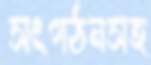
সংগঠনসহ